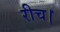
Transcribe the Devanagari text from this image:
रीच।